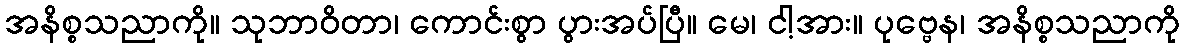
အနိစ္စသညာကို။ သုဘာဝိတာ၊ ကောင်းစွာ ပွားအပ်ပြီ။ မေ၊ ငါ့အား။ ပုဗ္ဗေန၊ အနိစ္စသညာကို